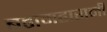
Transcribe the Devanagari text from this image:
बडामहारानी